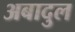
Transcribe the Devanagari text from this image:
अबादुल